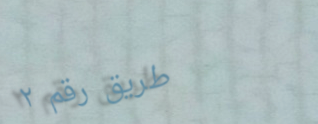
طريق رقم ٢